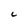
Character: C